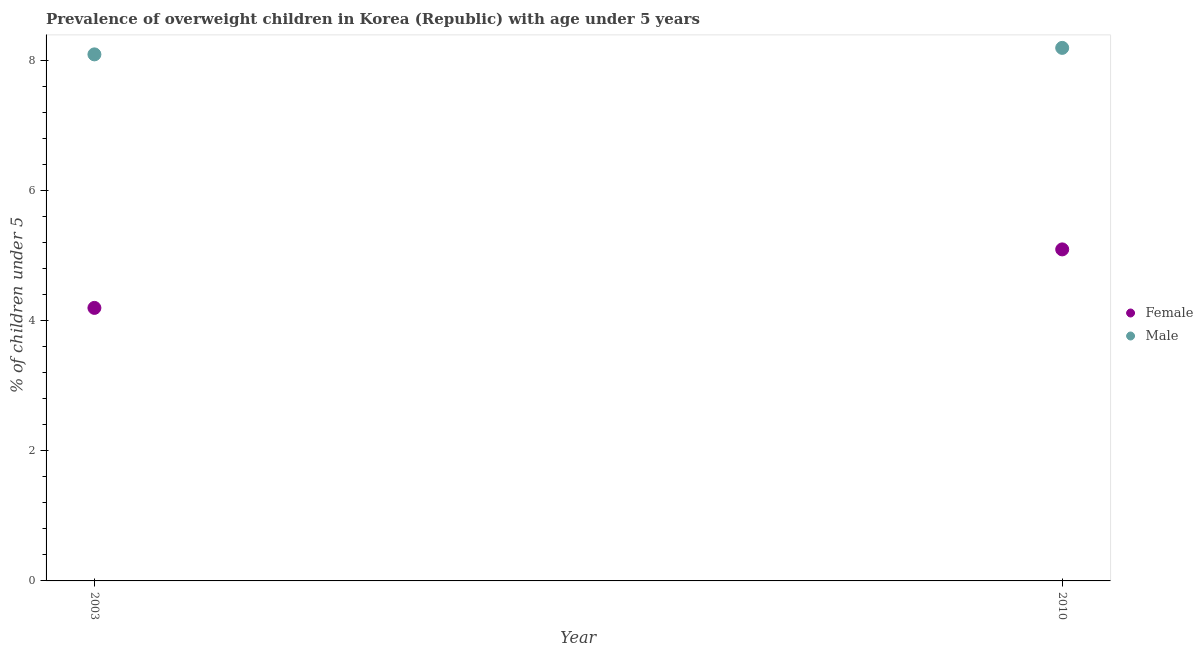
| Year | Female | Male |
 | --- | --- | --- |
 | 2003 | 4.2 | 8.1 |
 | 2010 | 5.1 | 8.2 |